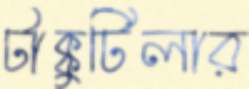
টাক্কুটিলার